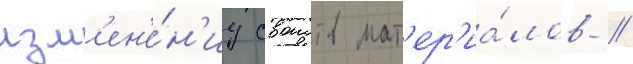
изм'ен'е́н'иу своиств мат'ер'иа́лов //